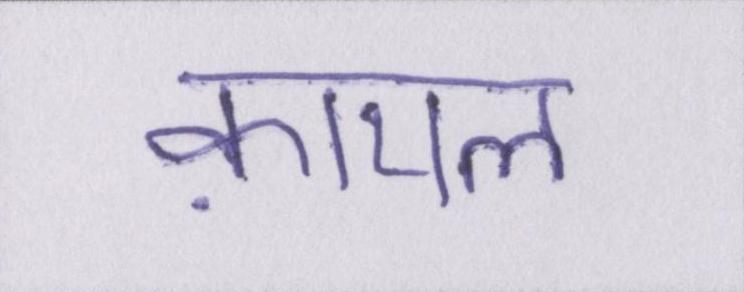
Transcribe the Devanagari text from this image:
क़ायल